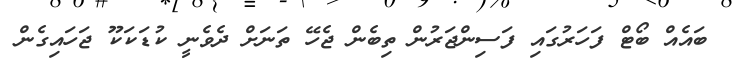
ބައެއް ބޯޓް ފަހަރުގައި ފަސިންޖަރުން ތިބެން ޖެހޭ ތަނަށް ދެވެނީ ކުޑަކަކޫ ޖަހައިގެން